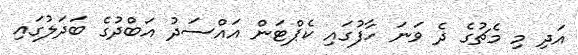
އަދި މި މެޗުގެ ދެ ވަނަ ހާފުގައި ކެޕްޓަން އައްސަދު އަބްދުގެ ބަދަލުގައި